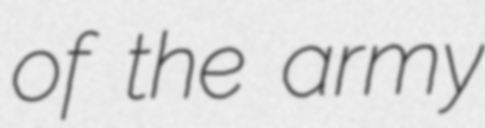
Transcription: of the army